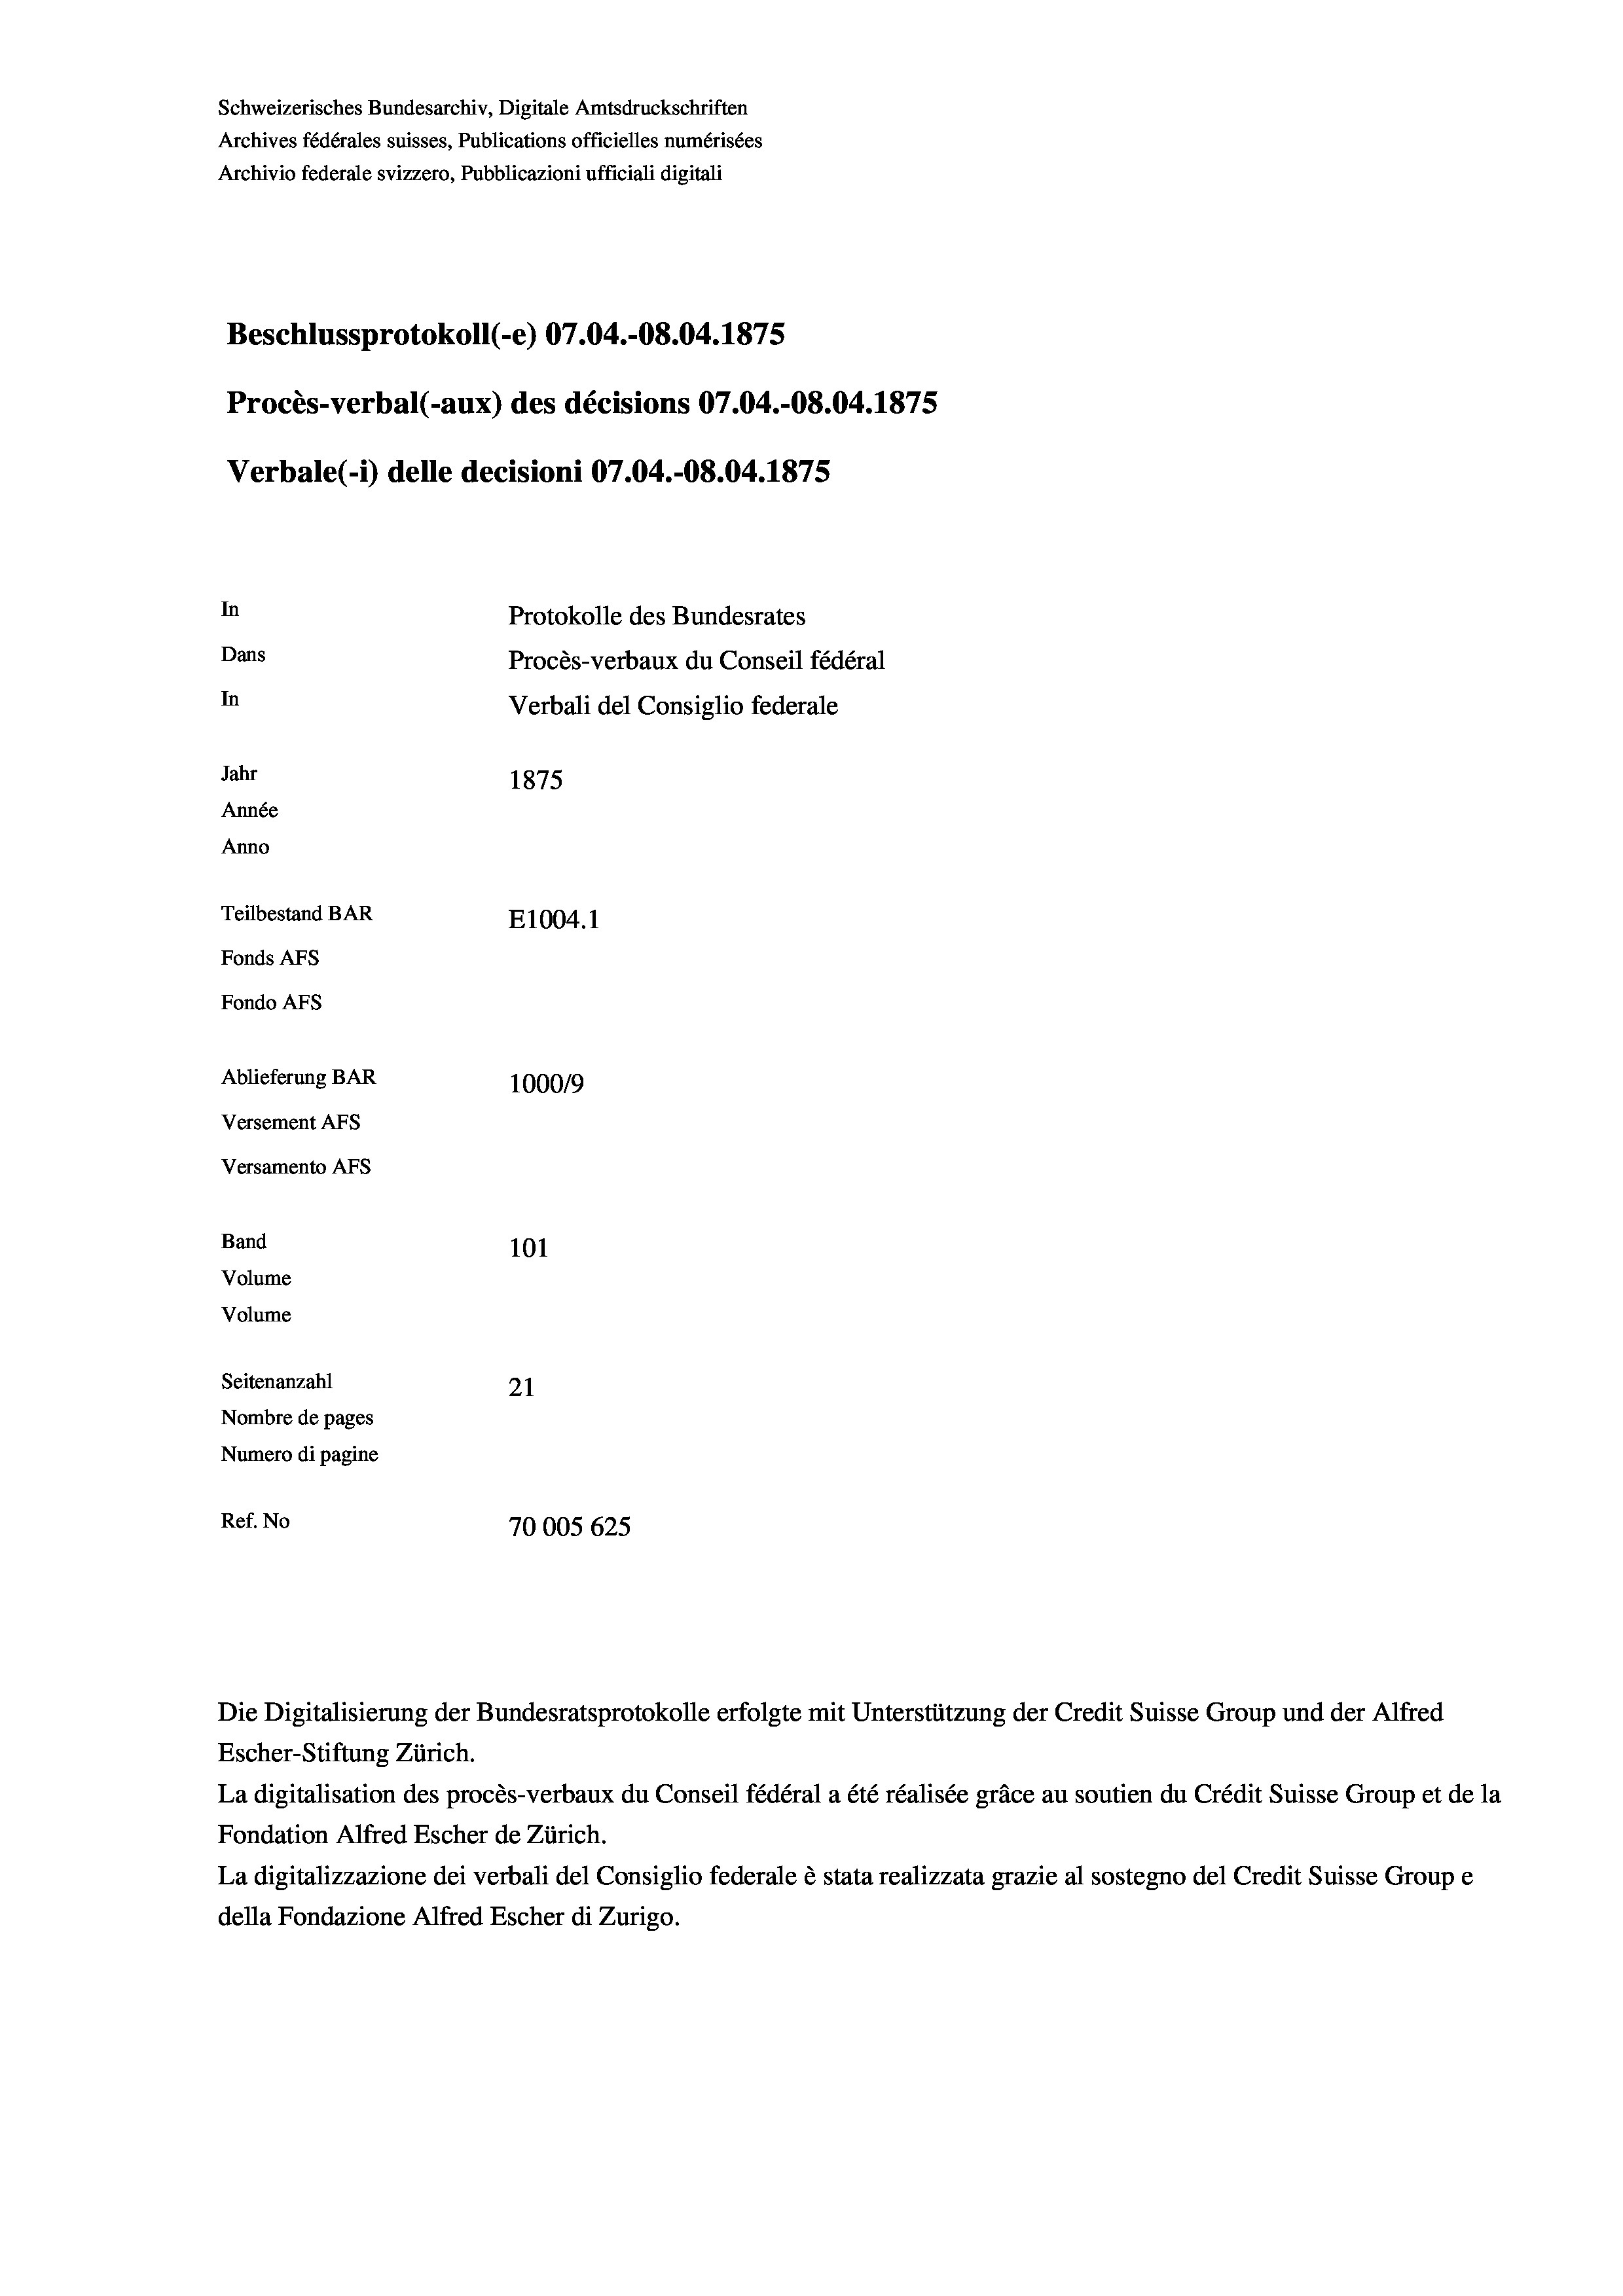
Schweizerisches Bundesarchiv, Digitale Amtsdruckschriften
Archives fédérales suisses, Publications officielles numérisées
Archivio federale svizzero, Pubblicazioni ufficiali digitali
Beschlussprotokoll (-e) 07.04.-08.04. 1875
Procès-verbal (-aux) des décisions 07.04.-O8.04. 1875
Verbale (1) delle decisioni 07.04.-O8.04. 1875
In
Protokolle des Bundesrates
Dans
Procès-verbaux du Conseil fédéral
In
Verbali del Consiglio federale
Jahr
1875
Année
Anno
Teilbestand BAR
E1004.1
Fonds Afs
Fondo Afs
Ablieferung BAR
100019
Versement AFs
Versamento AFs
Band
101
Volume
Volume

Seitenanzahl
21
Nombre de pages
Numero di pagine
Ref. No
70005 625

Die Digitalisierung der Bundesratsprotokolle erfolgte mit Unterstützung der Credit Suisse Group und der Alfred
Escher-Stiftung Zürich.
La digitalisation des procès-verbaux du Conseil fédéral a été réalisée gräce au soutien du Crédit Suisse Group et de la
Fondation Alfred Escher de Zürich.
La digitalizzazione dei verbali del Consiglio federale è stata realizzata grazie al sostegno del Credit Suisse Groupe
della Fondazione Alfred Escher di Zurigo.